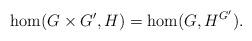
LaTeX: \begin{align*} \hom(G\times G',H)=\hom(G,H^{G'}).\end{align*}